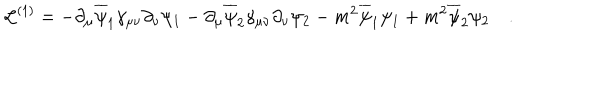
{ \cal L } ^ { ( 1 ) } = - \partial _ { \mu } \overline { { \psi } } _ { 1 } \gamma _ { \mu \nu } \partial _ { \nu } \psi _ { 1 } - \partial _ { \mu } \overline { { \psi } } _ { 2 } \gamma _ { \mu \nu } \partial _ { \nu } \psi _ { 2 } - m ^ { 2 } \overline { { \psi } } _ { 1 } \psi _ { 1 } + m ^ { 2 } \overline { { \psi } } _ { 2 } \psi _ { 2 } \quad .